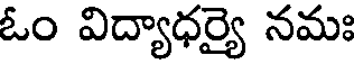
ఓం విద్యాధర్యై నమః